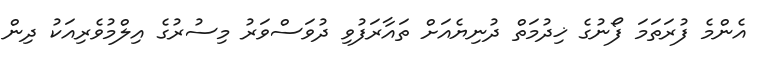
އެންމެ ފުރަތަމަ ފޯނުގެ ޚިދުމަތް ދުނިޔެއަށް ތައާރަފުވި ދުވަސްވަރު މިސުރުގެ އިލްމުވެރިއަކު ދިން